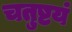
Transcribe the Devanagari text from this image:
चतुष्टयं